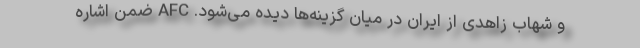
و شهاب زاهدی از ایران در میان گزینه‌ها دیده می‌شود. AFC ضمن اشاره